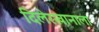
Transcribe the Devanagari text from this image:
दिलेरखानाला